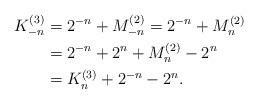
LaTeX: \begin{align*}K_{-n}^{(3)}&=2^{-n}+M_{-n}^{(2)}=2^{-n}+M_{n}^{(2)}\\&=2^{-n}+2^{n}+M_{n}^{(2)}-2^{n}\\&=K_{n}^{(3)}+2^{-n}-2^{n}.\end{align*}